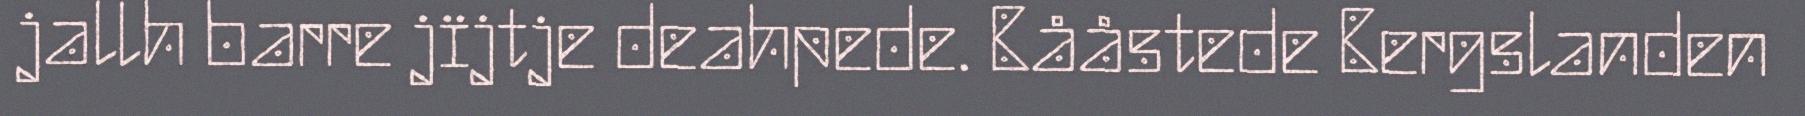
jallh barre jïjtje deahpede. Bååstede Bergslanden